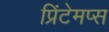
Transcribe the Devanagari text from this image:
प्रिंटेमप्स